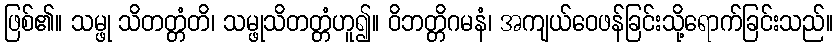
ဖြစ်၏။ သမ္ဖု သိတတ္တံတိ၊ သမ္ဖုသိတတ္တံဟူ၍။ ဝိဘတ္တိဂမနံ၊ အကျယ်ဝေဖန်ခြင်းသို့ရောက်ခြင်းသည်။